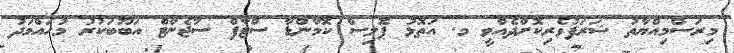
މިރަސްމިއްޔާތު ޝަރަފުވެރިކޮށްދެއްވީ މ. އަތޮޅު ޕޮލިސް ކޮމާންޑާ ސްޓާފް ސާޖެންޓް އަބޫބަކުރު މުހައްމަދު